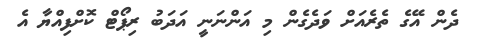
ދެން އޭގެ ތެރެއަށް ވަދެގެން މި އަންނަނީ އަދަބު ރިޕޯޓް ކޮށްފިއްޔާ އެ